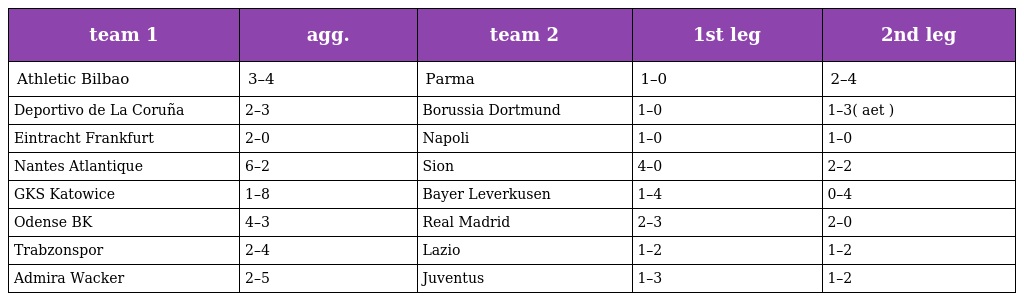
| team 1 | agg. | team 2 | 1st leg | 2nd leg |
 | --- | --- | --- | --- | --- |
 | Athletic Bilbao | 3–4 | Parma | 1–0 | 2–4 |
 | Deportivo de La Coruña | 2–3 | Borussia Dortmund | 1–0 | 1–3( aet ) |
 | Eintracht Frankfurt | 2–0 | Napoli | 1–0 | 1–0 |
 | Nantes Atlantique | 6–2 | Sion | 4–0 | 2–2 |
 | GKS Katowice | 1–8 | Bayer Leverkusen | 1–4 | 0–4 |
 | Odense BK | 4–3 | Real Madrid | 2–3 | 2–0 |
 | Trabzonspor | 2–4 | Lazio | 1–2 | 1–2 |
 | Admira Wacker | 2–5 | Juventus | 1–3 | 1–2 |